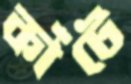
কাঁটে